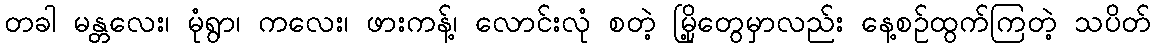
တခါ မန္တလေး၊ မုံရွာ၊ ကလေး၊ ဖားကန့်၊ လောင်းလုံ စတဲ့ မြို့တွေမှာလည်း နေ့စဉ်ထွက်ကြတဲ့ သပိတ်